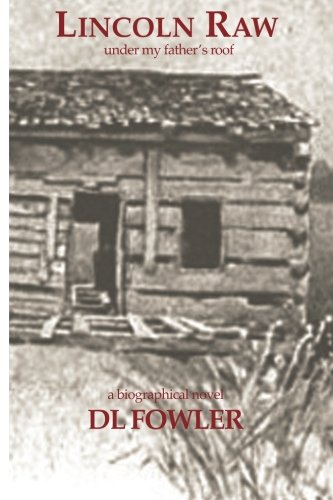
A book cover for Lincoln Raw: under my father's roof; D L Fowler; Teen & Young Adult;